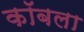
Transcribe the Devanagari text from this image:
कॉबला